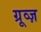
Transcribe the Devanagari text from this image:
ग्रूव्ज़